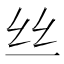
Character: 丝